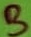
Text: B